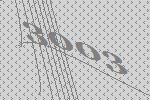
3003